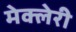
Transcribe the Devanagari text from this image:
मेक्लेरी